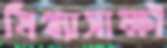
মিথ্যাসাক্ষী